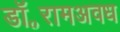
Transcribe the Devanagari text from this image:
डॉ॰रामअवध